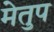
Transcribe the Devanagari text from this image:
मेेतुप